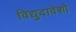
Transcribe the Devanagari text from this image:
विद्युदावेशों